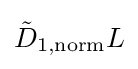
{\tilde {D}}_{1,\mathrm {norm} }L